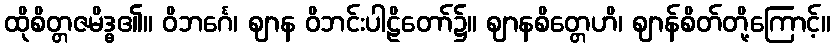
ထိုစိတ္တဇမိဒ္ဓ၏။ ဝိဘင်္ဂေ၊ ဈာန ဝိဘင်းပါဠိတော်၌။ ဈာနစိတ္တေဟိ၊ ဈာန်စိတ်တို့ကြောင့်။